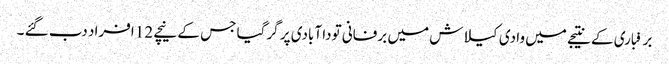
برفباری کے نتیجے میں وادی کیلاش میں برفانی تودا آبادی پر گرگیا جس کے نیچے 12 افراد دب گئے ۔